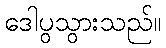
ဒေါပွသွားသည်။